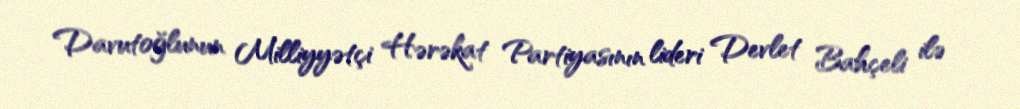
Davutoğlunun Milliyyətçi Hərəkat Partiyasının lideri Devlet Bahçeli ilə